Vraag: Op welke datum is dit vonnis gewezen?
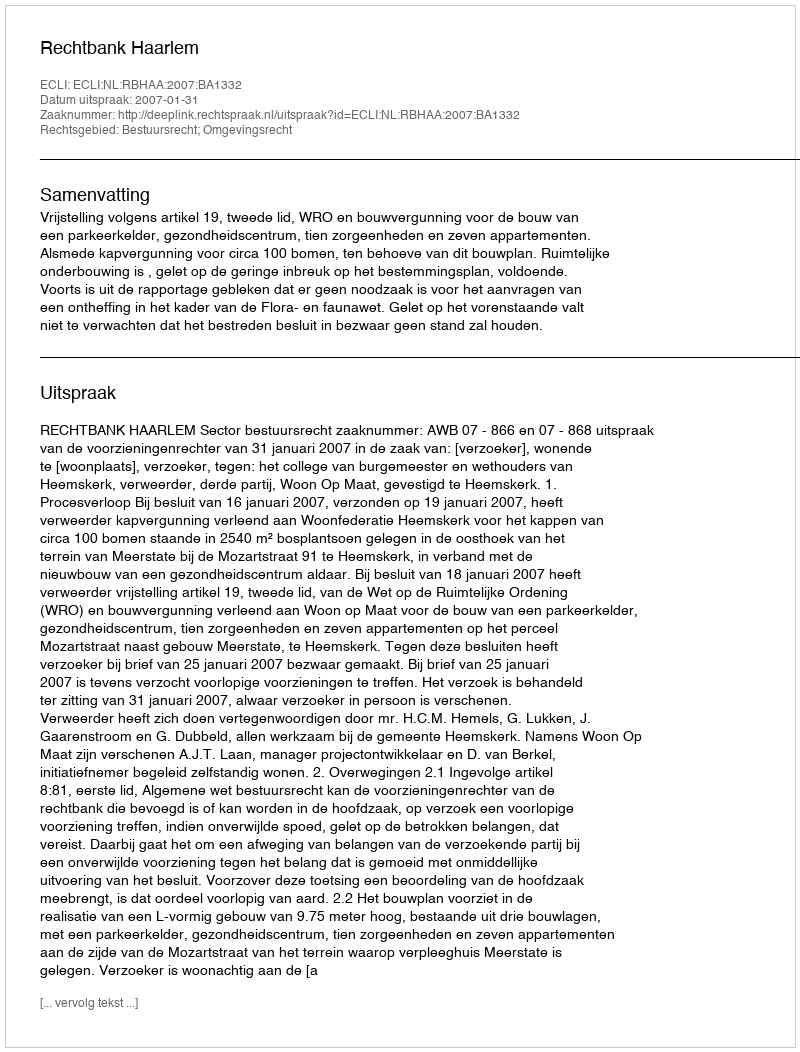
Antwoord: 2007-01-31